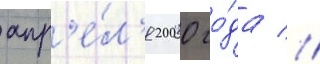
апр'е́л'я 2000 го́да //